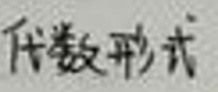
代数形式